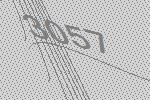
3057